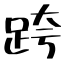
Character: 跨